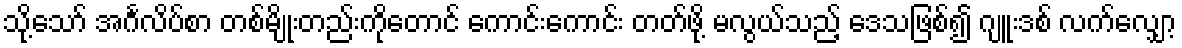
သို့သော် အင်္ဂလိပ်စာ တစ်မျိုးတည်းကိုတောင် ကောင်းကောင်း တတ်ဖို့ မလွယ်သည့် ဒေသဖြစ်၍ ဂျူးဒစ် လက်လျှော့